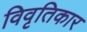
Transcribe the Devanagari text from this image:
विवृतिकार